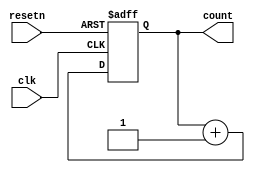
module my_counter (
    input clk,
    input resetn,
    output reg [7:0] count
);

    always@(posedge clk or negedge resetn) begin
        if(~resetn) begin
            count <= 'b0;
        end else begin
            count <= count + 1'b1;
        end
    end

endmodule